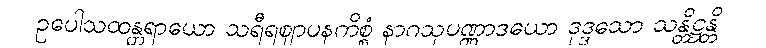
ဥပေါသထန္တရာယော သရီရဈာပနကိစ္စံ နာဂသုပဏ္ဏာဒယော ဒုဒ္ဒသော သန္တိဋ္ဌန္တိ